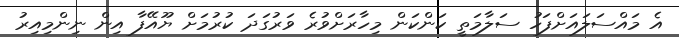
އެ މައްސަލައަށްފަހު ސަލާމަތީ ކަންކަން މިހާރަށްވުރެ ވަރުގަދަ ކުރުމަށް ޔޫއޭފާ އިން ނިންމިއިރު